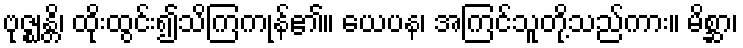
ဗုဇ္ဈန္တိ၊ ထိုးထွင်း၍သိကြကုန်၏။ ယေပန၊ အကြင်သူတို့သည်ကား။ မိစ္ဆာ၊